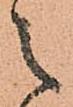
之